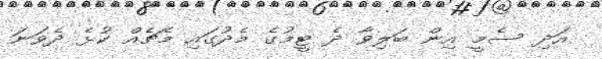
އަދި ސެމީ އިން ބަލިވާ ދެ ޓީމުގެ މެދުގައި މެޗެއް ކުޅެ ދެވަނަ